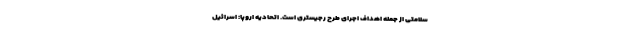
سلامتی از جمله اهداف اجرای طرح رجیستری است. اتحادیه اروپا: اسرائیل